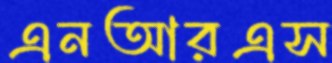
এনআরএস